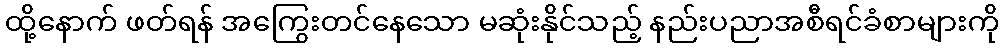
ထို့နောက် ဖတ်ရန် အကြွေးတင်နေသော မဆုံးနိုင်သည့် နည်းပညာအစီရင်ခံစာများကို